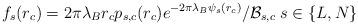
LaTeX: \begin{align*}f_s(r_c)= 2\pi\lambda_B r_c p_{s,c}(r_c) e^{-2\pi\lambda_B\psi_s(r_c)}/\mathcal{B}_{s,c} \; s \in \{L,N\}\end{align*}